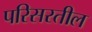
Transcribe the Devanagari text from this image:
परिसरतील